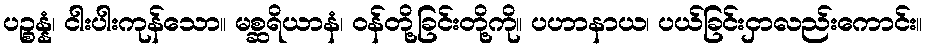
ပဉ္စန္နံ၊ ငါးပါးကုန်သော။ မစ္ဆရိယာနံ၊ ဝန်တို့ခြင်းတို့ကို။ ပဟာနာယ၊ ပယ်ခြင်းငှာလည်းကောင်း။